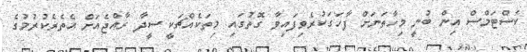
ކަސްޓަމްސް އިން ބުނީ މިހާތަނަށް ފާހަގަކުރެވިފައިވާ ގޮތުގައި މިތަކެއްޗަކީ ސީދާ ރާއްޖެއަށް އެތެރެކުރުމުގެ